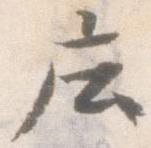
庄